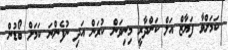
ކަމަށްވާ ފަޔާޒް އަލް ކަންދާރީ މިނިވަން ކުރަން އަދި ނުފެންނަ ކަމަށް ބޯޑުން